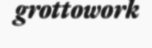
grottowork